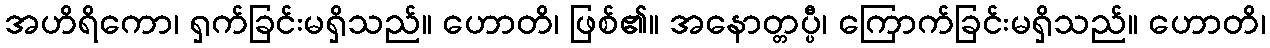
အဟိရိကော၊ ရှက်ခြင်းမရှိသည်။ ဟောတိ၊ ဖြစ်၏။ အနောတ္တပ္ပီ၊ ကြောက်ခြင်းမရှိသည်။ ဟောတိ၊